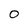
Character: 0